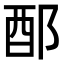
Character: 𨟰